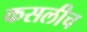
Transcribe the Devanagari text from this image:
कसलीच